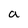
Character: a